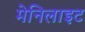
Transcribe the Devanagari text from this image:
मेनिलाइट